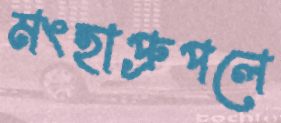
মংহাপ্রুপলে